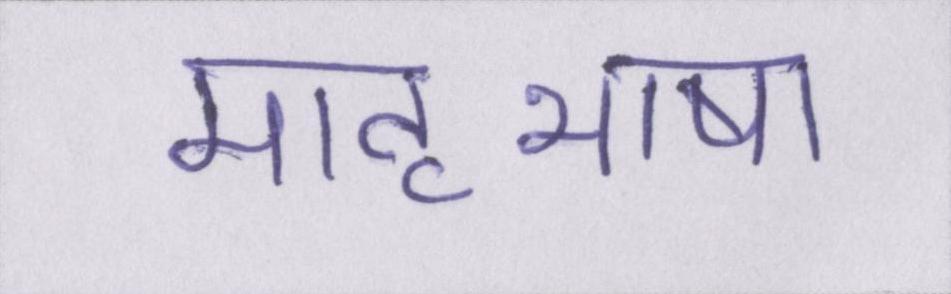
मातृभाषा